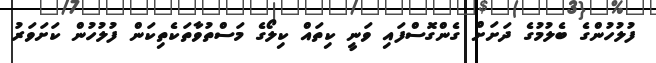
ފުލުހުންގެ ބެލުމުގެ ދަށަށް ގެންގޮސްފައި ވަނީ ކިތައް ކިލޯގެ މަސްތުވާތަކެތިކަން ފުލުހުން ކަށަވަރު